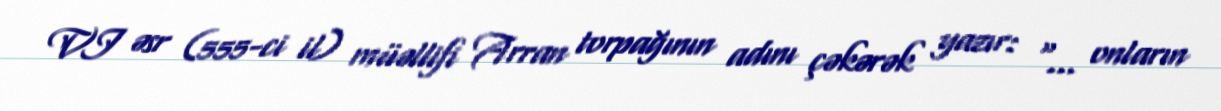
VI əsr (555-ci il) müəllifi Arran torpağının adını çəkərək yazır: "... onların